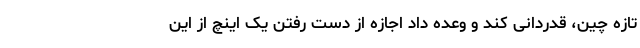
تازه چین، قدردانی کند و وعده داد اجازه از دست رفتن یک اینچ از این